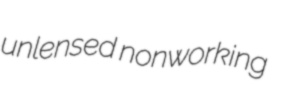
unlensed nonworking